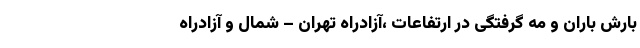
بارش باران و مه گرفتگی در ارتفاعات ،آزادراه تهران – شمال و آزادراه